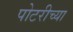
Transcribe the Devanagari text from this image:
पोटरीच्या